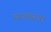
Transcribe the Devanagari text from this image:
माणकराम